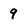
Character: 9